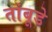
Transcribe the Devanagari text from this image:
तांबूडे